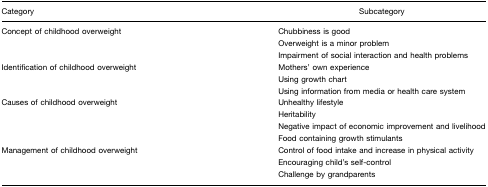
| Category | Subcategory |
 | --- | --- |
 | Concept of childhood overweight | Chubbiness is good |
 |  | Overweight is a minor problem |
 |  | Impairment of social interaction and health problems |
 | Identification of childhood overweight | Mothers’ own experience |
 |  | Using growth chart |
 |  | Using information from media or health care system |
 | Causes of childhood overweight | Unhealthy lifestyle |
 |  | Heritability |
 |  | Negative impact of economic improvement and livelihood |
 |  | Food containing growth stimulants |
 | Management of childhood overweight | Control of food intake and increase in physical activity |
 |  | Encouraging child's self-control |
 |  | Challenge by grandparents |